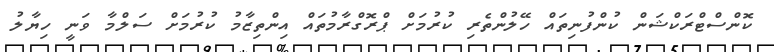
ކޮންސްޓްރަކްޝަން ކުންފުނިތައް ހޭލުންތެރި ކުރުމަށް ޕްރޮގްރާމުތައް އިންތިޒާމު ކުރުމަށް ސަލްމާ ވަނީ ހިޔާލު